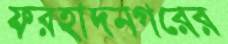
ফরহাদনগরের